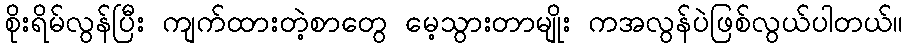
စိုးရိမ်လွန်ပြီး ကျက်ထားတဲ့စာတွေ မေ့သွားတာမျိုး ကအလွန်ပဲဖြစ်လွယ်ပါတယ်။